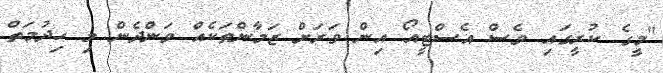
"މީގެ ކުރީގައި ވެސް އެސްޓީއޯ އިން ވަރަށް ޒަމާންތަކެއް ވަންދެން މި ހިދުމަތް